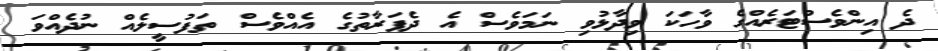
ދެ އިންވެސްޓަރެއްގެ ވާހަކަ ވިދާޅުވި ނަމަވެސް އެ ދެފަރާތުގެ އެއްވެސް ތަފުސީލެއް ނުދެއްވަ